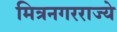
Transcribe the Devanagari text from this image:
मित्रनगरराज्ये